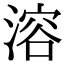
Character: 溶